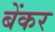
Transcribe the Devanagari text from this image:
बेंकर